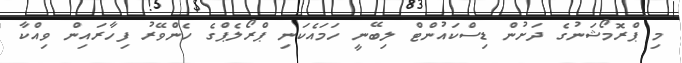
މި ޕްރޮމޯޝަނުގެ ދަށުން ޑިސްކައުންޓް ލިބޭނީ ހަމައެކަނި ޕްރޯލެޕްގެ ހެންވޭރު ފިހާރައިން ވިއްކާ